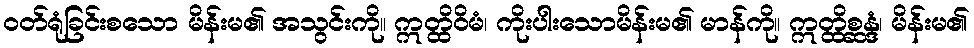
ဝတ်ရုံခြင်းစသော မိန်းမ၏ အသွင်းကို။ ဣတ္ထိဝိမံ၊ ကိုးပါးသောမိန်းမ၏ မာန်ကို။ ဣတ္ထိစ္ဆန္ဒံ၊ မိန်းမ၏